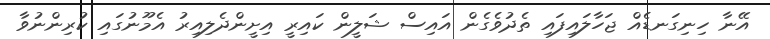
އޭނާ ހިނިގަނޑެއް ޖަހާލައިފައި ތެދުވެގެން އައިސް ޝަލީން ކައިރީ އިށީންދެލިއިރު އެމޫނުގައި ކުރިންނުވާ